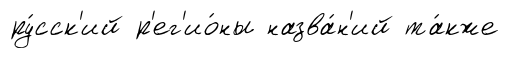
ру́сск'ий р'ег'ио́ны назва́н'ий та́кже